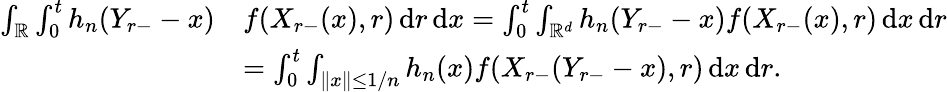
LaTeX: \begin{array}{rl}{\int_{\mathbb{R}}\int_{0}^{t}h_{n}(Y_{r-}-x)}&{f(X_{r-}(x),r)\, \mathrm{d}r\, \mathrm{d}x=\int_{0}^{t}\int_{\mathbb{R}^{d}}h_{n}(Y_{r-}-x)f(X_{r-}(x),r)\, \mathrm{d}x\, \mathrm{d}r}\\ &{=\int_{0}^{t}\int_{\| x\| \leq 1/n}h_{n}(x)f(X_{r-}(Y_{r-}-x),r)\, \mathrm{d}x\, \mathrm{d}r.}\end{array}